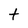
Character: t